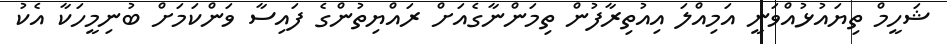
ޝަހީމް ތިޔައުޅުއްވަނީ އަމިއްލަ އިއުތިރާފުން ތިމަންނާގެއަށް ރައްޔިތުންގެ ފައިސާ ވަންކަމަށް ބުނިމީހަކާ އެކު